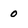
Character: 0